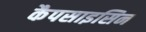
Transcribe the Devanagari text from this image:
कैपसाइसिन